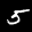
Label: 5